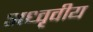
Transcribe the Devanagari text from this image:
अध्वृवीय